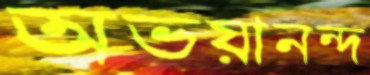
অভয়ানন্দ